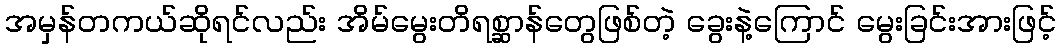
အမှန်တကယ်ဆိုရင်လည်း အိမ်မွေးတိရစ္ဆာန်တွေဖြစ်တဲ့ ခွေးနဲ့ကြောင် မွေးခြင်းအားဖြင့်